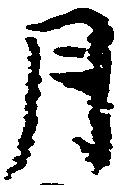
月